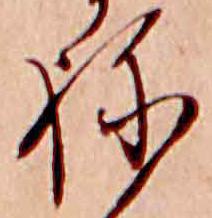
ね